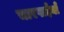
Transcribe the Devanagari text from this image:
चारपाईयाँ